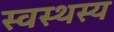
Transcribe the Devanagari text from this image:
स्वस्थस्य